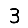
Digit: 3